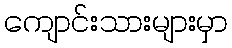
ကျောင်းသားများမှာ